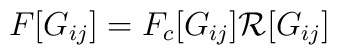
F [G_{ij} ]  = F_c [ G_{ij} ] \mathcal R [ G_{ij} ]